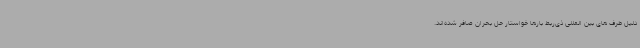
دلیل طرف های بین المللی ذی‌ربط بارها خواستار حل بحران صافر شده‌اند.